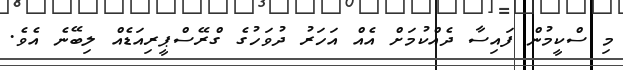
މި ސްކީމުން ފައިސާ ދެއްކުމަށް އެއް އަހަރު ދުވަހުގެ ގްރޭސްޕީރިއަޑެއް ލިބޭނެ އެވެ.